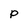
Character: p